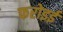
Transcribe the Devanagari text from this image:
फरोइई